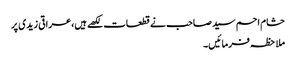
حشام احم سید صاحب نے قطعات لکھے ہیں،عراقی زیدی پر
ملاحظہ فرمائیں۔